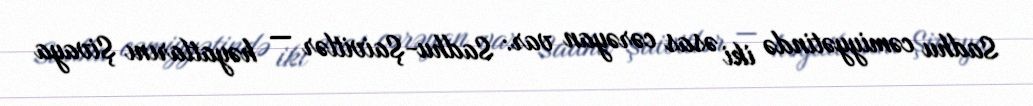
Sadhu cəmiyyətində iki əsas cərəyan var: Sadhu-Şaivitlər — həyatlarını Şivaya